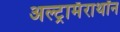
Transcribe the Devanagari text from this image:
अल्ट्रामॅराथॉन